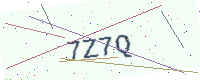
Text: 7Z7Q